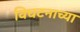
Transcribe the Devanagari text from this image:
विघटनाच्या